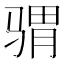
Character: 𩨅